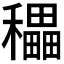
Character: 𥣬